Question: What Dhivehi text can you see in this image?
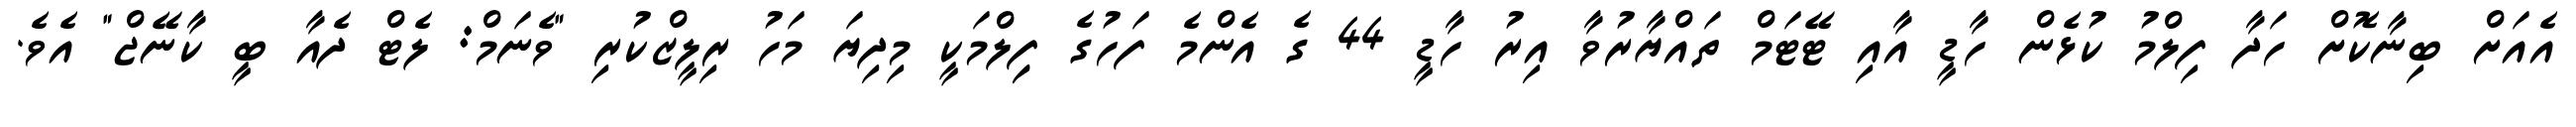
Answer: އެއަށް ބިނާކޮށް ހަދާ ފިލްމު ކުޅެން ހާޑީ އާއި ޓޭޓަމް ތައްޔާރުވާ އިރު ހާޑީ 44 ގެ އެންމެ ފަހުގެ ފިިލްމަކީ މިދިޔަ މަހު ރިލީޒްކުރި "ވެނަމް: ލެޓް ދެއާ ބީ ކާނޭޖް" އެވެ.